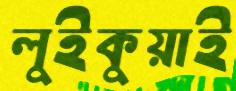
লুইকুয়াই